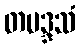
တမဒ္ဒသံ